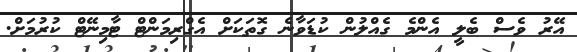
އޭރު ވެސް ބެލީ އެންމެ ގެއްލުން ކުޑަވާނެ ގޮތަކަށް އެގްރިމަންޓް ޓާމިނޭޓް ކުރުމަށް.